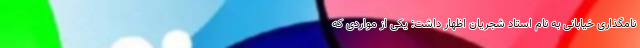
نامگذاری خیابانی به نام استاد شجریان اظهار داشت: یکی از مواردی که